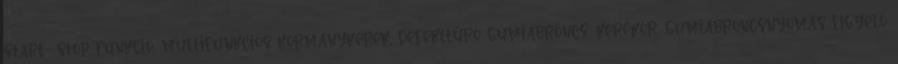
start stop funkció, multifunkciós kormánykerék, defekttűrő gumiabroncs, kerékőr, gumiabroncsnyomás figyelő